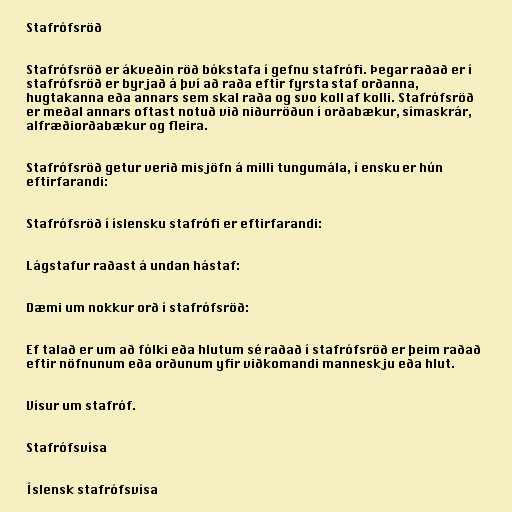
Stafrófsröð

Stafrófsröð er ákveðin röð bókstafa í gefnu stafrófi. Þegar raðað er í
stafrófsröð er byrjað á því að raða eftir fyrsta staf orðanna,
hugtakanna eða annars sem skal raða og svo koll af kolli. Stafrófsröð
er meðal annars oftast notuð við niðurröðun í orðabækur, símaskrár,
alfræðiorðabækur og fleira.

Stafrófsröð getur verið misjöfn á milli tungumála, í ensku er hún
eftirfarandi:

Stafrófsröð í íslensku stafrófi er eftirfarandi:

Lágstafur raðast á undan hástaf:

Dæmi um nokkur orð í stafrófsröð:

Ef talað er um að fólki eða hlutum sé raðað í stafrófsröð er þeim raðað
eftir nöfnunum eða orðunum yfir viðkomandi manneskju eða hlut.

Vísur um stafróf.

Stafrófsvísa

Íslensk stafrófsvísa